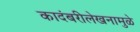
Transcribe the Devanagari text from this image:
कादंबरीलेखनामुळे